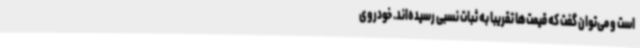
است و می‌توان گفت که قیمت‌ها تقریبا به ثبات نسبی رسیده‌اند. خودروی